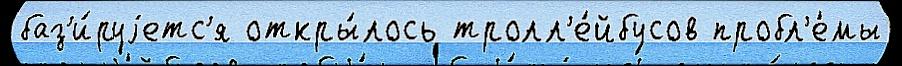
баз'и́руjетс'я откры́лось тролл'е́йбусов пробл'е́мы